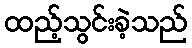
ထည့်သွင်းခဲ့သည်